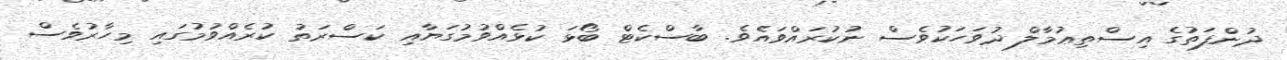
ދުންފަތުގެ އިސްތިޢުމާލް ދުވަހަކުވެސް ނުކުރައްވައެވެ. ބާސްކެޓް ބޯޅަ ކުޅެއްވުމުގަޔާއި ކަސްރަތު ކުރެއްވުމުގައި މިހާރުވެސް